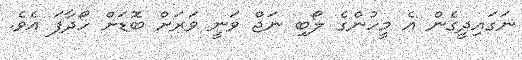
ނަގައިދީގެން އެ މީހުންގެ ލޯބި ނަޖް ވަނީ ވަރަށް ބޮޑަށް ހޯދާފަ އެވެ.